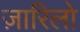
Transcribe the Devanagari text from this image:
ज़ारिलो